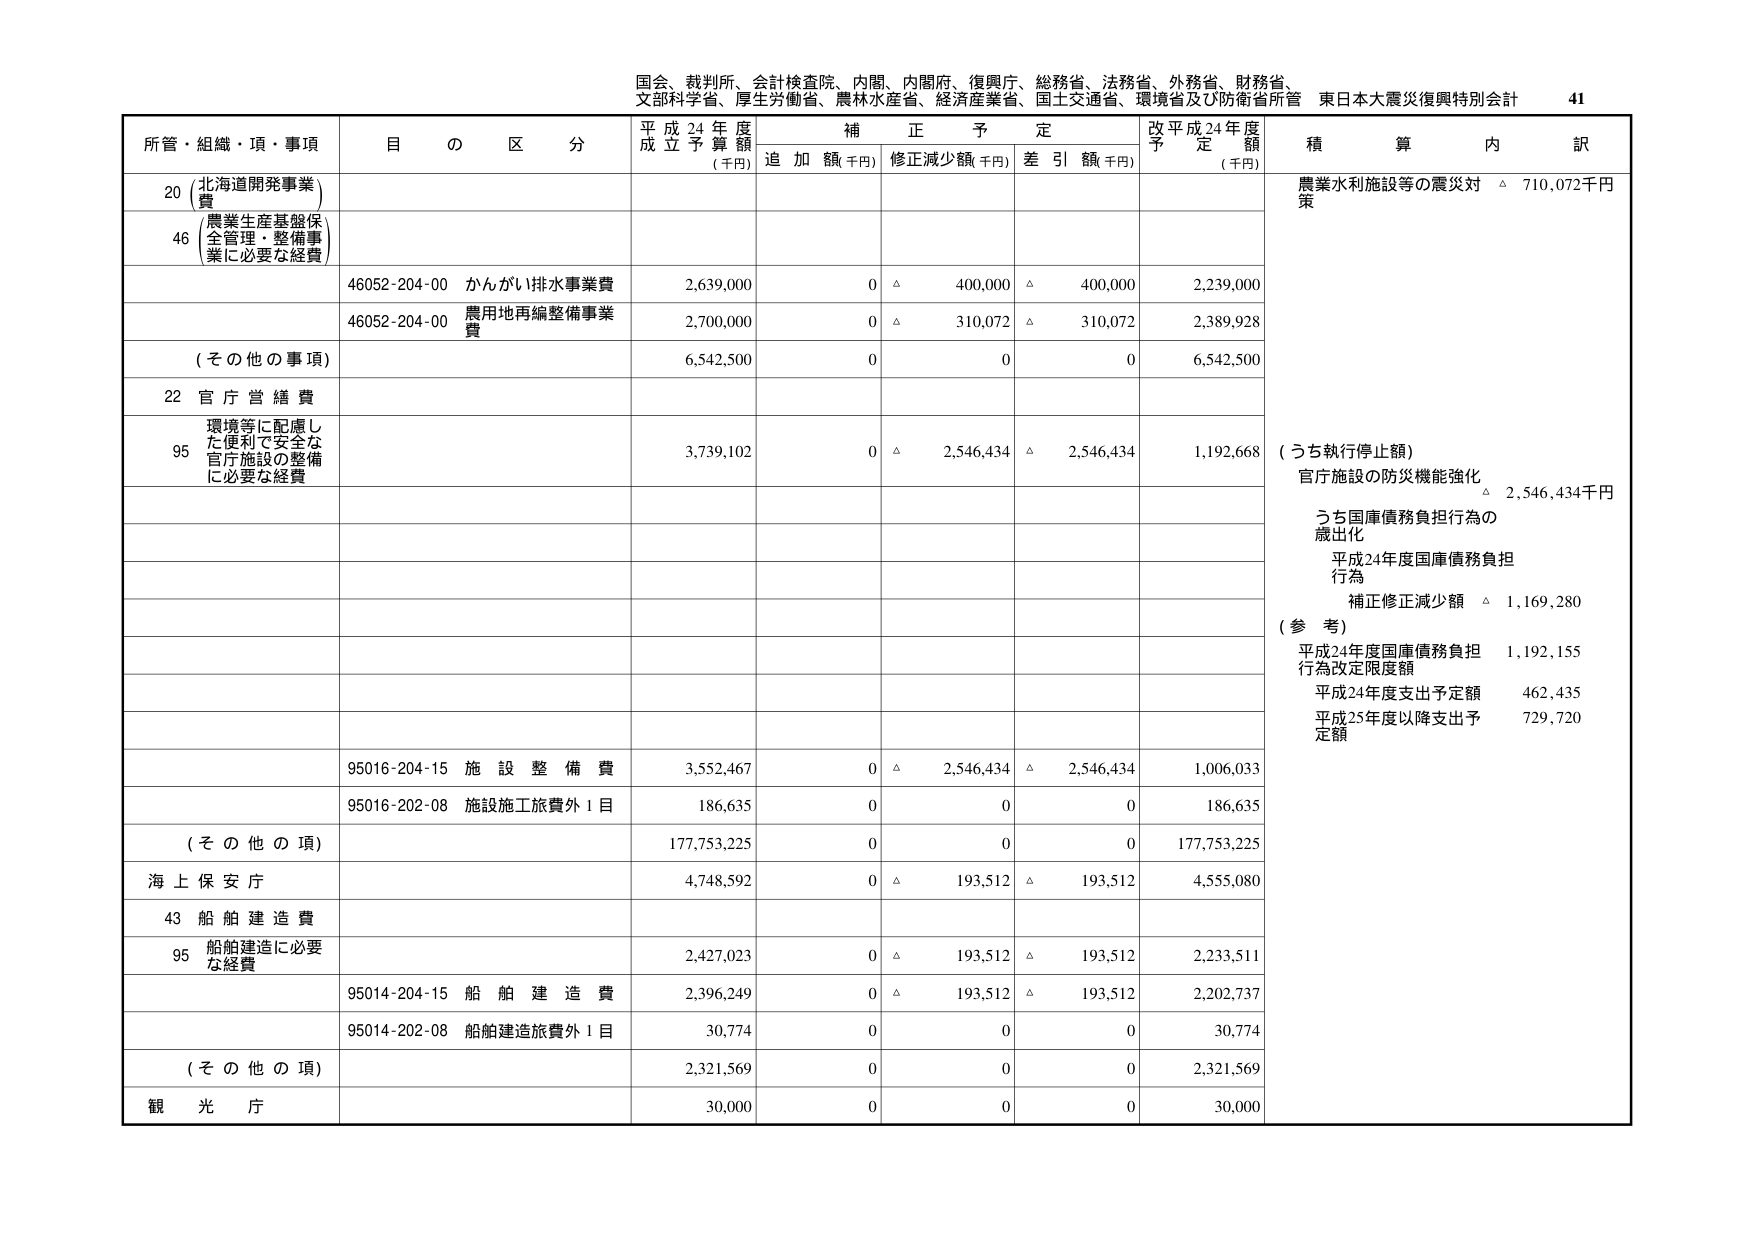
国会、裁判所、会計検査院、内閣、内閣府、復興庁、総務省、法務省、外務省、財務省、
文部科学省、厚生労働省、農林水産省、経済産業省、国土交通省、環境省及び防衛省所管 東日本大震災復興特別会計 41

所管・組織・項・事項 目の区分 平成24年度成立予算額 (千円) 補正予定 追加額(千円) 修正減少額(千円) 差引額(千円) 改平成24年度予定額 (千円) 積算内訳

20 (北海道開発事業費)
46 (農業生産基盤保全管理・整備事業に必要な経費)
46052-204-00 かんがい排水事業費 2,639,000 0 △ 400,000 △ 400,000 2,239,000
46052-204-00 農用地再編整備事業費 2,700,000 0 △ 310,072 △ 310,072 2,389,928
(その他の事項) 6,542,500 0 0 0 6,542,500
22 官庁営繕費
95 環境等に配慮した便利で安全な官庁施設の整備に必要な経費 3,739,102 0 △ 2,546,434 △ 2,546,434 1,192,668
(うち執行停止額)
官庁施設の防災機能強化 △ 2,546,434千円
うち国庫債務負担行為の歳出化
平成24年度国庫債務負担行為
補正修正減少額 △ 1,169,280
(参考)
平成24年度国庫債務負担行為改定限度額 1,192,155
平成24年度支出予定額 462,435
平成25年度以降支出予定額 729,720
95016-204-15 施設整備費 3,552,467 0 △ 2,546,434 △ 2,546,434 1,006,033
95016-202-08 施設施工旅費外1目 186,635 0 0 0 186,635
(その他の項) 177,753,225 0 0 0 177,753,225
海上保安庁 4,748,592 0 △ 193,512 △ 193,512 4,555,080
43 船舶建造費
95 船舶建造に必要な経費 2,427,023 0 △ 193,512 △ 193,512 2,233,511
95014-204-15 船舶建造費 2,396,249 0 △ 193,512 △ 193,512 2,202,737
95014-202-08 船舶建造旅費外1目 30,774 0 0 0 30,774
(その他の項) 2,321,569 0 0 0 2,321,569
観光庁 30,000 0 0 0 30,000

農業水利施設等の震災対策 △ 710,072千円